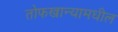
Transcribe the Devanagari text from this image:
तोफखान्यामधील